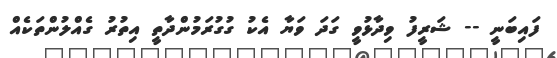
ފައިބަނީ -- ޝަރީފު ވިދާޅުވީ ގަދަ ވަޔާ އެކު ގުގުރަމުންދާތީ އިތުރު ގެއްލުންތަކެއް